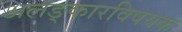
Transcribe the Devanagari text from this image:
अलङ्कारविषयक